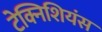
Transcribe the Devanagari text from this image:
टेक्निशियंस